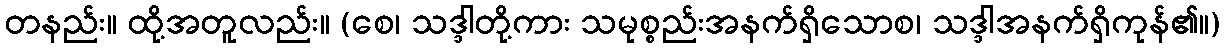
တနည်း။ ထို့အတူလည်း။ (စေ၊ သဒ္ဒါတို့ကား သမုစ္စည်းအနက်ရှိသောစ၊ သဒ္ဒါအနက်ရှိကုန်၏။)